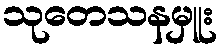
သုတေသနမှူး